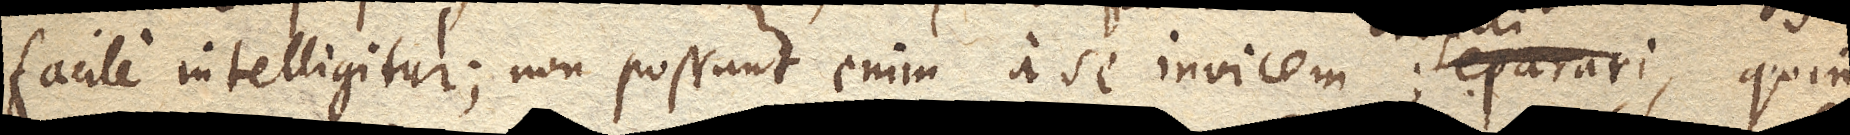
facile intelligitur; non possunt enim a se invicem separari quin